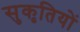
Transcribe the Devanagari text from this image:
सुकृतियों